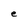
Character: e